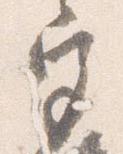
宮